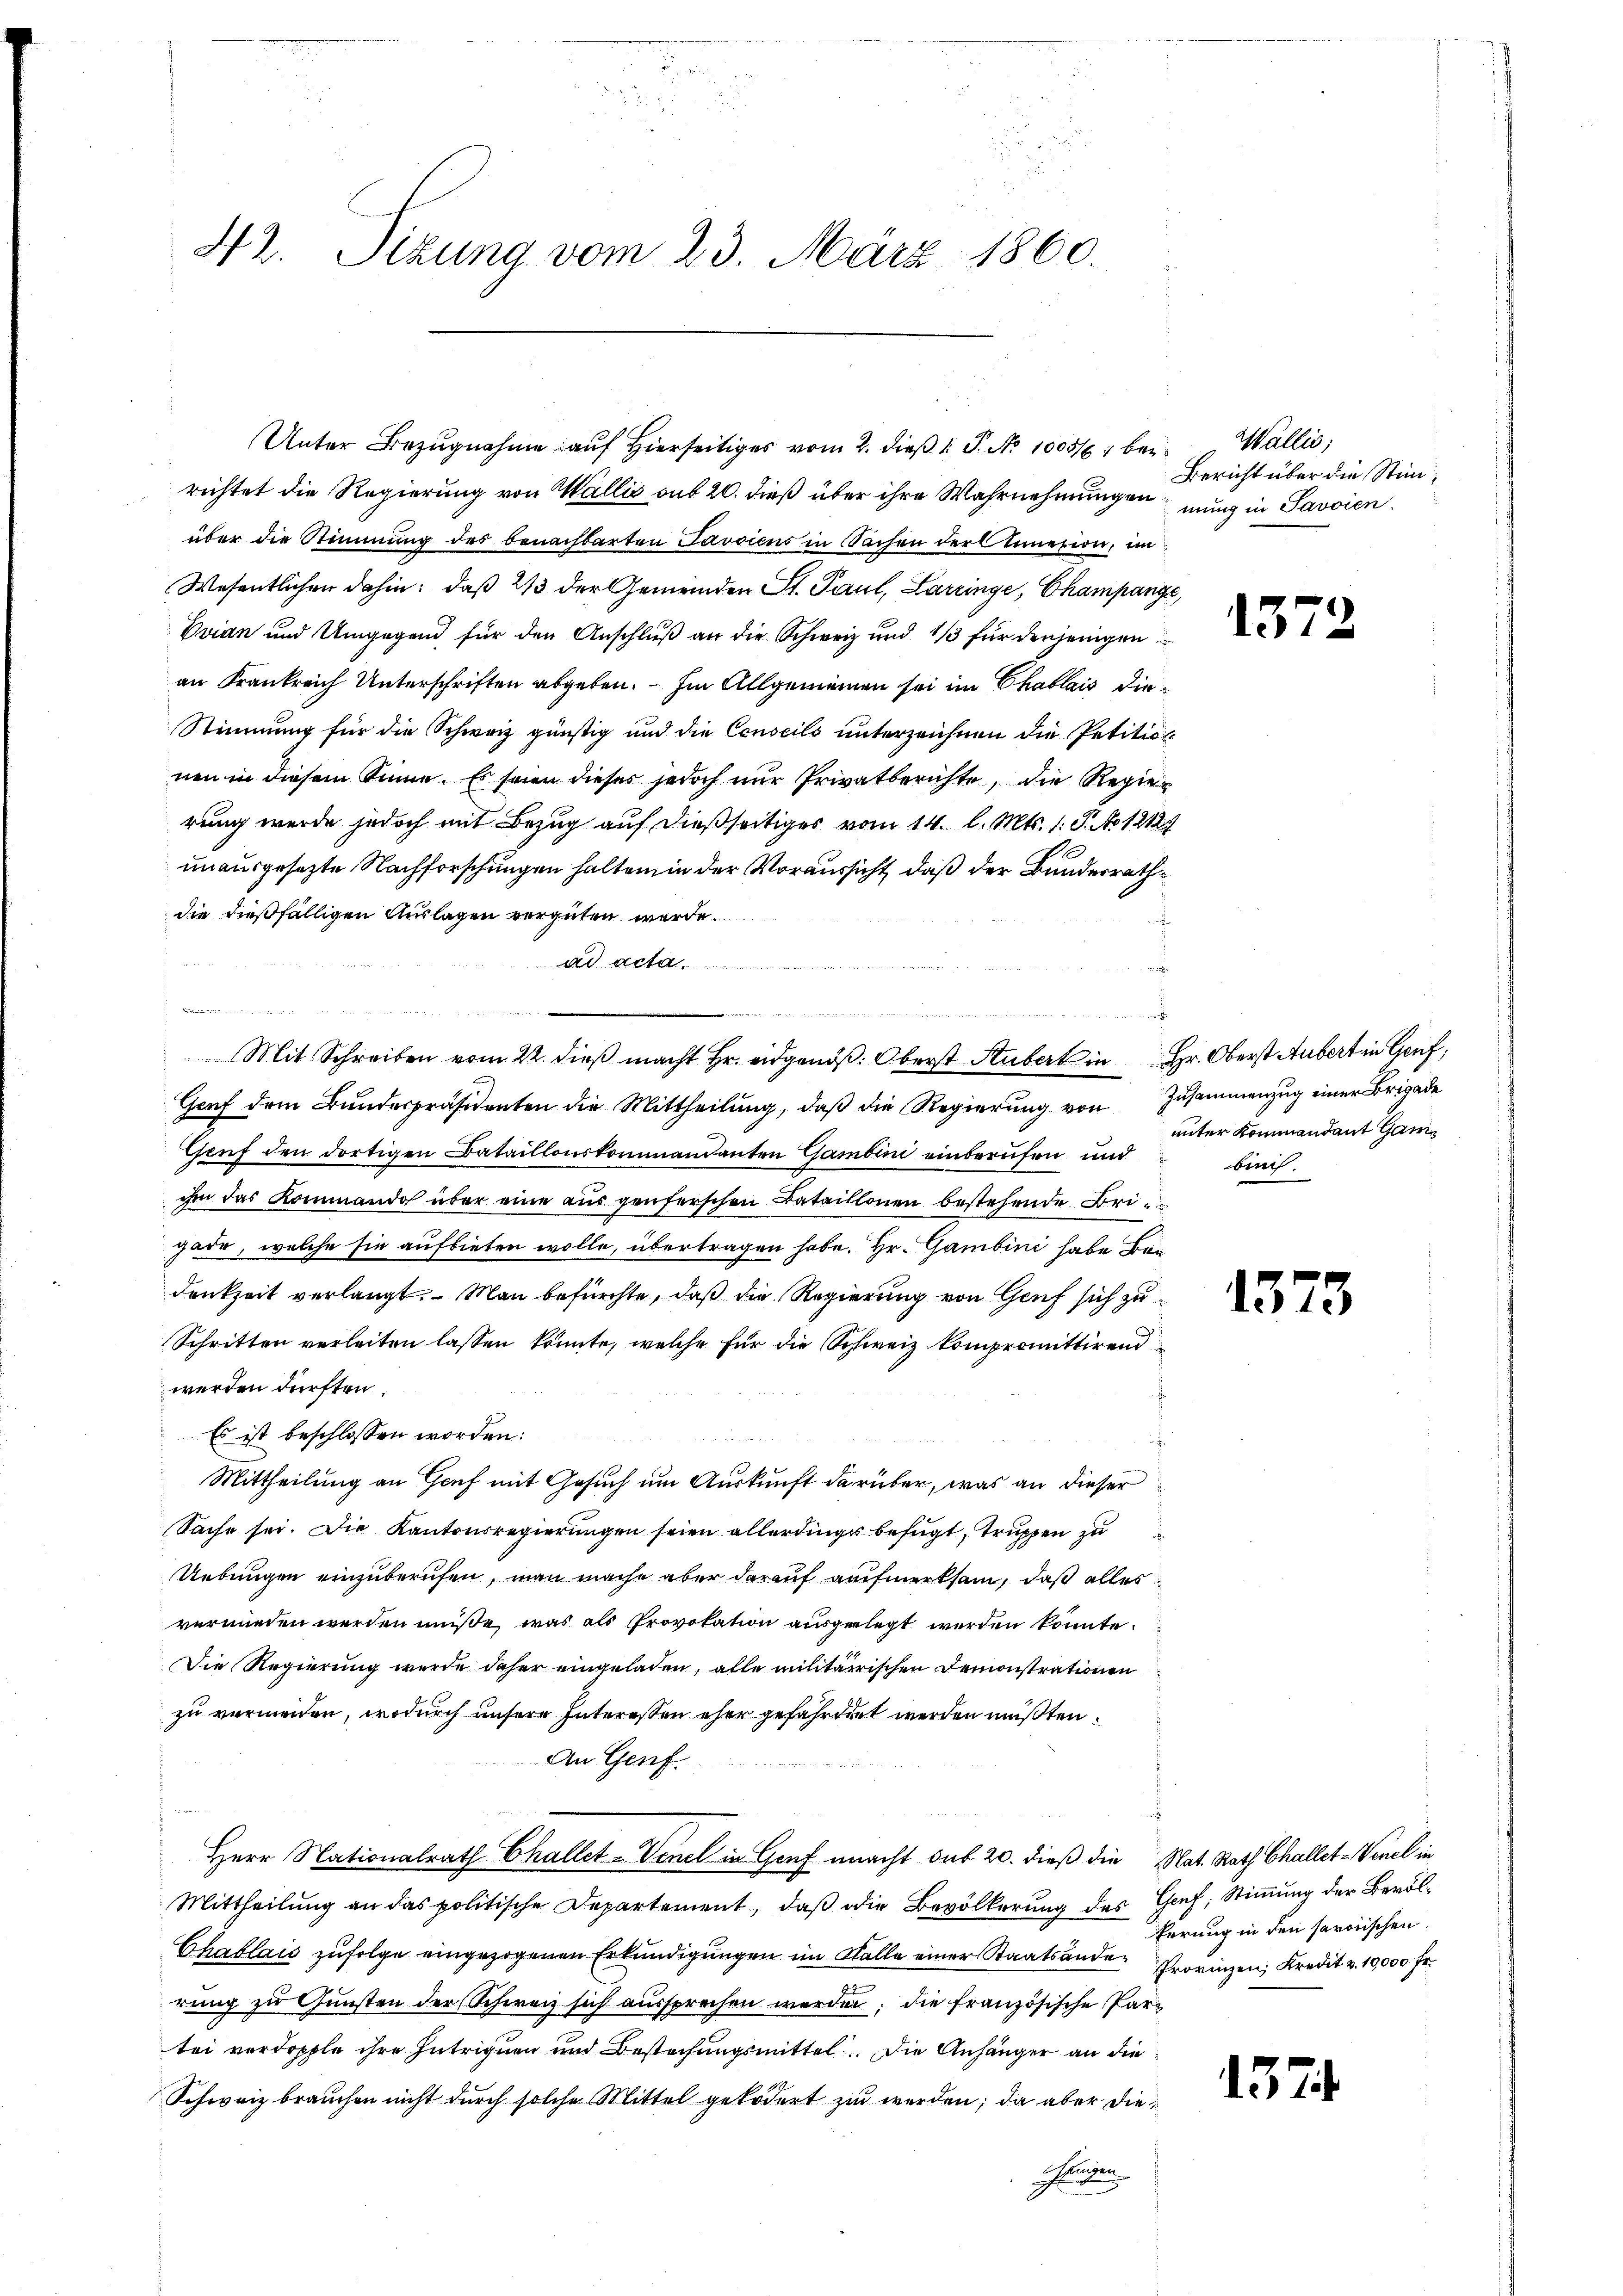
42. Sizung vom 23. März 1860.

richtet die Regierung von Wallis aus 20. dieß über ihre Wahrnehmungen mung in Savoien
über die Stimmung des benachbarten Javoiens in Sachen der Annexion, im
Wesentlichen dahin: daß 2/3 der Gemeinden St. Paul, Larzinge, Champange,
Evian und Umgegend für den Anschluß an die Schweiz und 1/3 für denjenigen
an Frankreich Unterschriften abgeben. — Im Allgemeinen sei im Chablais die¬
Stimmung für die Schweiz günstig und die Conseils unterzeichnen die Petitio
nen in diesem Sinne. Es seien dieses jedoch nur Privatberichte, die Regierung wurde jedoch mit Bezug auf dießseitiges vom 14. l. Mts. 1. P. No 12125
unausgesetzte Nachforschungen halten in der Voraussicht, daß der Bundesrath
die dießfälligen Auslagen vergüten werde.

e
Genf dem Bundespräsidenten die Mittheilung, daß die Regierung von Zusammenzug einer Brigade
Genf den dortigen Bataillonskommandanten Gambini einberufen und
ihm das Kommando über eine aus genferschen Bataillonen bestehende Brigade, welche sie aufbieten wolle, übertragen habe. Hr. Gambini habe Bedenkzeit verlangt. Man befürchte, daß die Regierung von Genf sich zu¬
Schritten verleiten lassen könnte, welche für die Schweiz kompromittirend
werden dürften.
Es ist beschlossen worden:
Mittheilung an Genf mit Gesuch um Auskunft darüber, was an dieser
Sache sei. Die Kantonsregierungen seien allerdings befugt, truppen zu
Uebungen einzuberufen, man mache aber darauf aufmerksam, daß alles
verwieden werden müße, was als Provokation ausgelegt werden könnte.
Die Regierung wurde daher eingeladen, alle militärrischen Demonstrationen
zu vermeiden, wodurch unsere Interessen eher gefährdet werden müßten.
An Genf
Herr Nationalrath Challet-Venel in Genf macht sub 20. dieß die Nat. Rath Challet-Venel in
Mittheilung an das politische Departement, daß die Bevölkerung des Genf, Stimmung der Bevöl¬
Chablais zufolge eingezogenen Erkundigungen im Falle einer Staatsanden Provinzen, Kredit v. 10,000 Fr.
rung zu Gunsten der Schweiz sich aussprechen werden, die französische Partei verdopple ihre Intriguen und Bestechungsmittel. Die Anhänger an die
Schweiz brauchen nicht durch solche Mittel gekodert zu werden; da aber dieen

Unter Bezugnahme auf Hierseitiges vom 2. dieß 1 S. No 1005/6 bei

e
.
Mit Schreiben vom 22. dieß macht Hr. eidgenöß. Oberst Stubert in Hr. Oberst Aubert in Genf,

Wallis,
Bericht über die Stim¬

157

.
unter Kommandant Gambich.

1373

ferung in den sororischen

1374